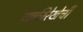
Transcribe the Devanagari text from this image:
व्यक्तीरेखेची